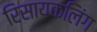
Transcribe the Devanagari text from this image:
रिसायकलिंग